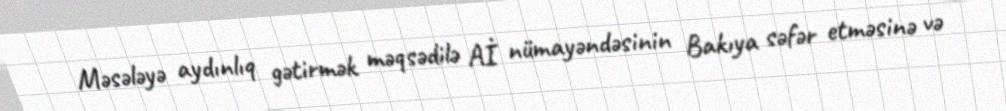
Məsələyə aydınlıq gətirmək məqsədilə Aİ nümayəndəsinin Bakıya səfər etməsinə və